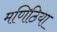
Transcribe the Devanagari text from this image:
मणिठिया